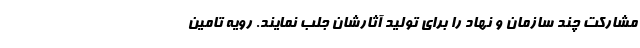
مشارکت چند سازمان و نهاد را برای تولید آثارشان جلب نمایند. رویه تامین